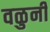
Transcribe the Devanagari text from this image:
वळुनी